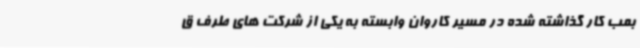
بمب کار گذاشته شده در مسیر کاروان وابسته به یکی از شرکت های طرف ق